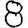
Digit: 8